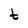
Character: t